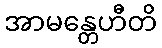
အာမန္တေဟီတိ